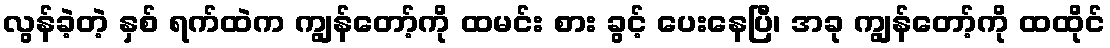
လွန်ခဲ့တဲ့ နှစ် ရက်ထဲက ကျွန်တော့်ကို ထမင်း စား ခွင့် ပေးနေပြီ၊ အခု ကျွန်တော့်ကို ထထိုင်